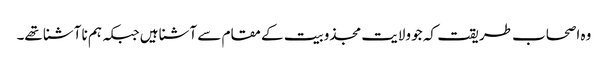
وہ اصحاب طریقت کہ جو ولایت مجذوبیت کے مقام سے آشنا ہیں جبکہ ہم نا آشنا تھے۔